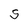
Character: S